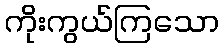
ကိုးကွယ်ကြသော